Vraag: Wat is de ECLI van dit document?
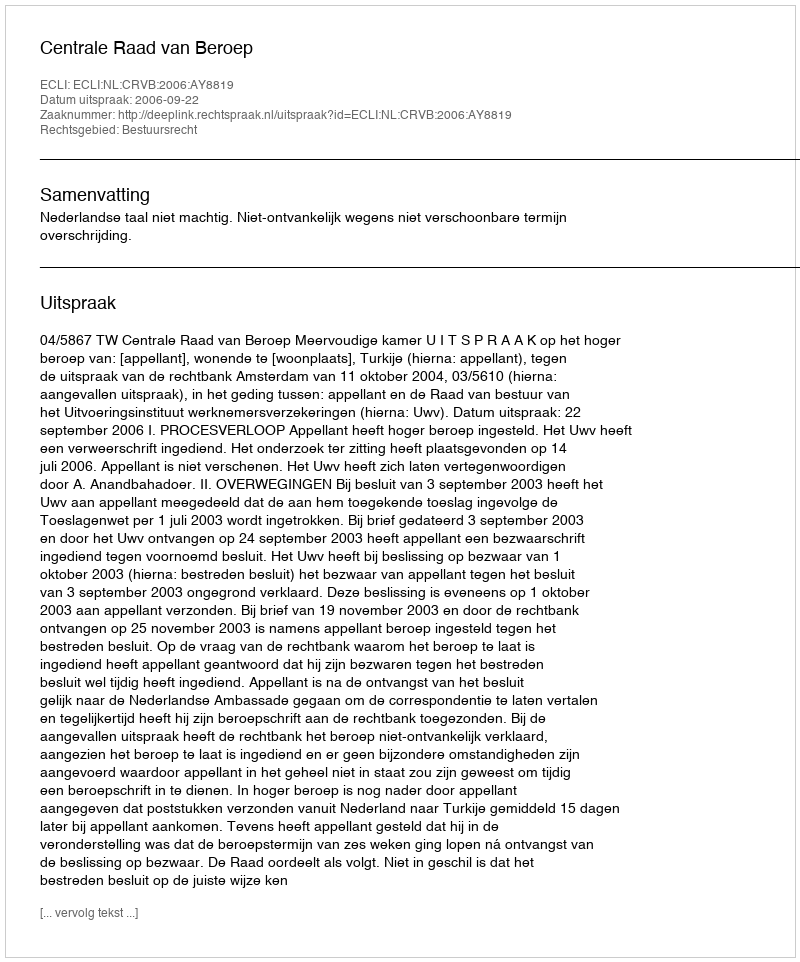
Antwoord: ECLI:NL:CRVB:2006:AY8819